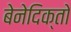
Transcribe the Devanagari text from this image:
बेनेदिक्तो